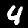
Digit: 4